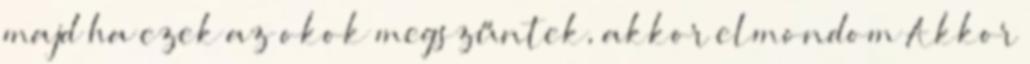
majd ha ezek az okok megszűntek, akkor elmondom Akkor